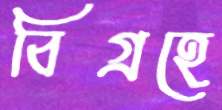
বিগ্রহে